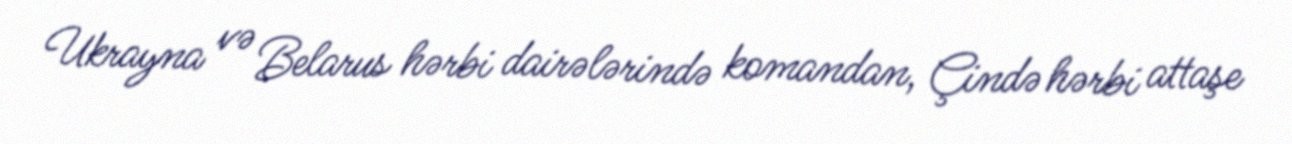
Ukrayna və Belarus hərbi dairələrində komandan, Çində hərbi attaşe